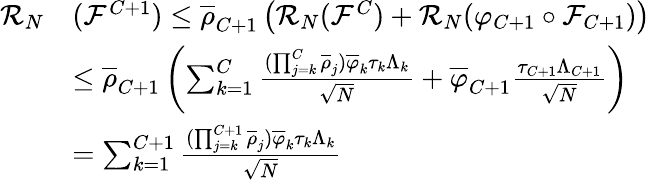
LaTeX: \begin{array}{rl}{\mathcal{R}_{N}}&{(\mathcal{F}^{C+1})\leq\overline{{\rho}}_{C+1}\left(\mathcal{R}_{N}(\mathcal{F}^{C})+\mathcal{R}_{N}(\varphi_{C+1}\circ\mathcal{F}_{C+1})\right)}\\ &{\leq\overline{{\rho}}_{C+1}\left(\sum_{k=1}^{C}\frac{(\prod_{j=k}^{C}\overline{{\rho}}_{j})\overline{{\varphi}}_{k}\tau_{k}\Lambda_{k}}{\sqrt{N}}+\overline{{\varphi}}_{C+1}\frac{\tau_{C+1}\Lambda_{C+1}}{\sqrt{N}}\right)}\\ &{=\sum_{k=1}^{C+1}\frac{(\prod_{j=k}^{C+1}\overline{{\rho}}_{j})\overline{{\varphi}}_{k}\tau_{k}\Lambda_{k}}{\sqrt{N}}}\end{array}